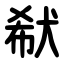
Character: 㹷